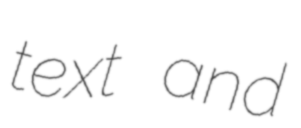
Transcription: text and